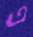
এ